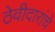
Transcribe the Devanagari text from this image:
ठेवीदारांचे